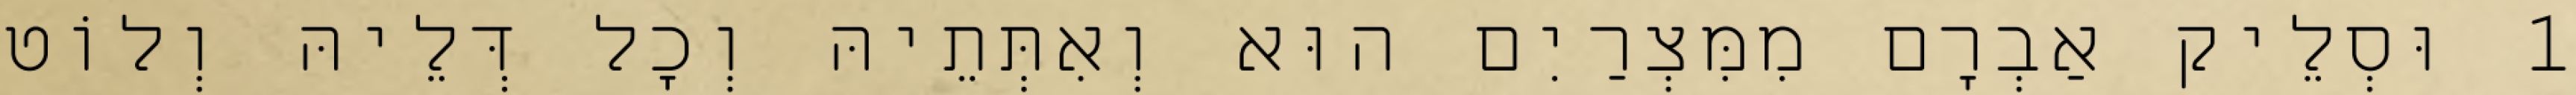
1 וּסְלֵיק אַבְרָם מִמִּצְרַיִם הוּא וְאִתְּתֵיהּ וְכָל דְּלֵיהּ וְלוֹט